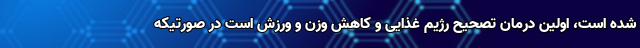
شده است، اولین درمان تصحیح رژیم غذایی و کاهش وزن و ورزش است در صورتیکه